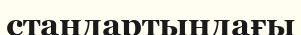
стандартындағы